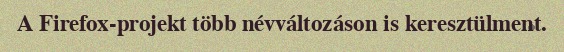
A Firefox-projekt több névváltozáson is keresztülment.